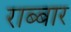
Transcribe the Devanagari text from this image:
राब्बार